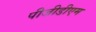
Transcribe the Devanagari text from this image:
पीजीडीएम